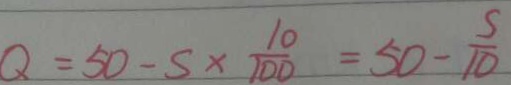
Q = 5 0 - S \times \frac { 1 0 } { 1 0 0 } = 5 0 - \frac { 5 } { 1 0 }